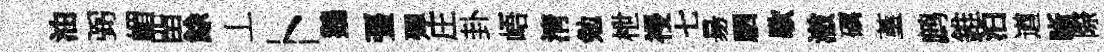
油弼嵋㽞餘丄卜鵝彊殫庄卦峿淸勉枻祲七昜駟歇澈礪堇鹧錐泊遒晰際